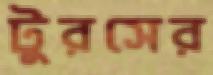
টুরসের